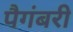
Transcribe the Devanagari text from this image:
पैगंबरी